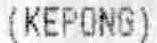
(KEPONG)